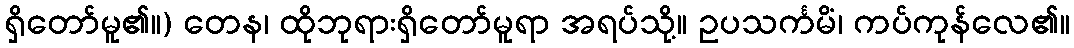
ရှိတော်မူ၏။) တေန၊ ထိုဘုရားရှိတော်မူရာ အရပ်သို့။ ဥပသင်္ကမိံ၊ ကပ်ကုန်လေ၏။